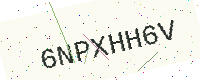
Text: 6NPXHH6V